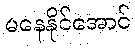
မနေနိုင်အောင်